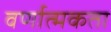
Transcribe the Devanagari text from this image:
वर्णात्मकता